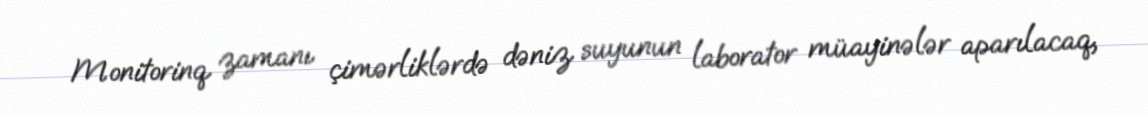
Monitorinq zamanı çimərliklərdə dəniz suyunun laborator müayinələr aparılacaq,